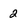
Character: 2